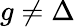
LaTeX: g\neq\Delta